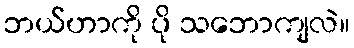
ဘယ်ဟာကို ပို သဘောကျလဲ။